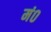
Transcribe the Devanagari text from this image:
मं०